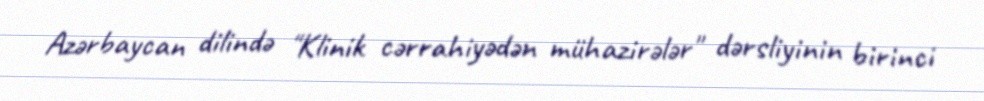
Azərbaycan dilində "Klinik cərrahiyədən mühazirələr" dərsliyinin birinci